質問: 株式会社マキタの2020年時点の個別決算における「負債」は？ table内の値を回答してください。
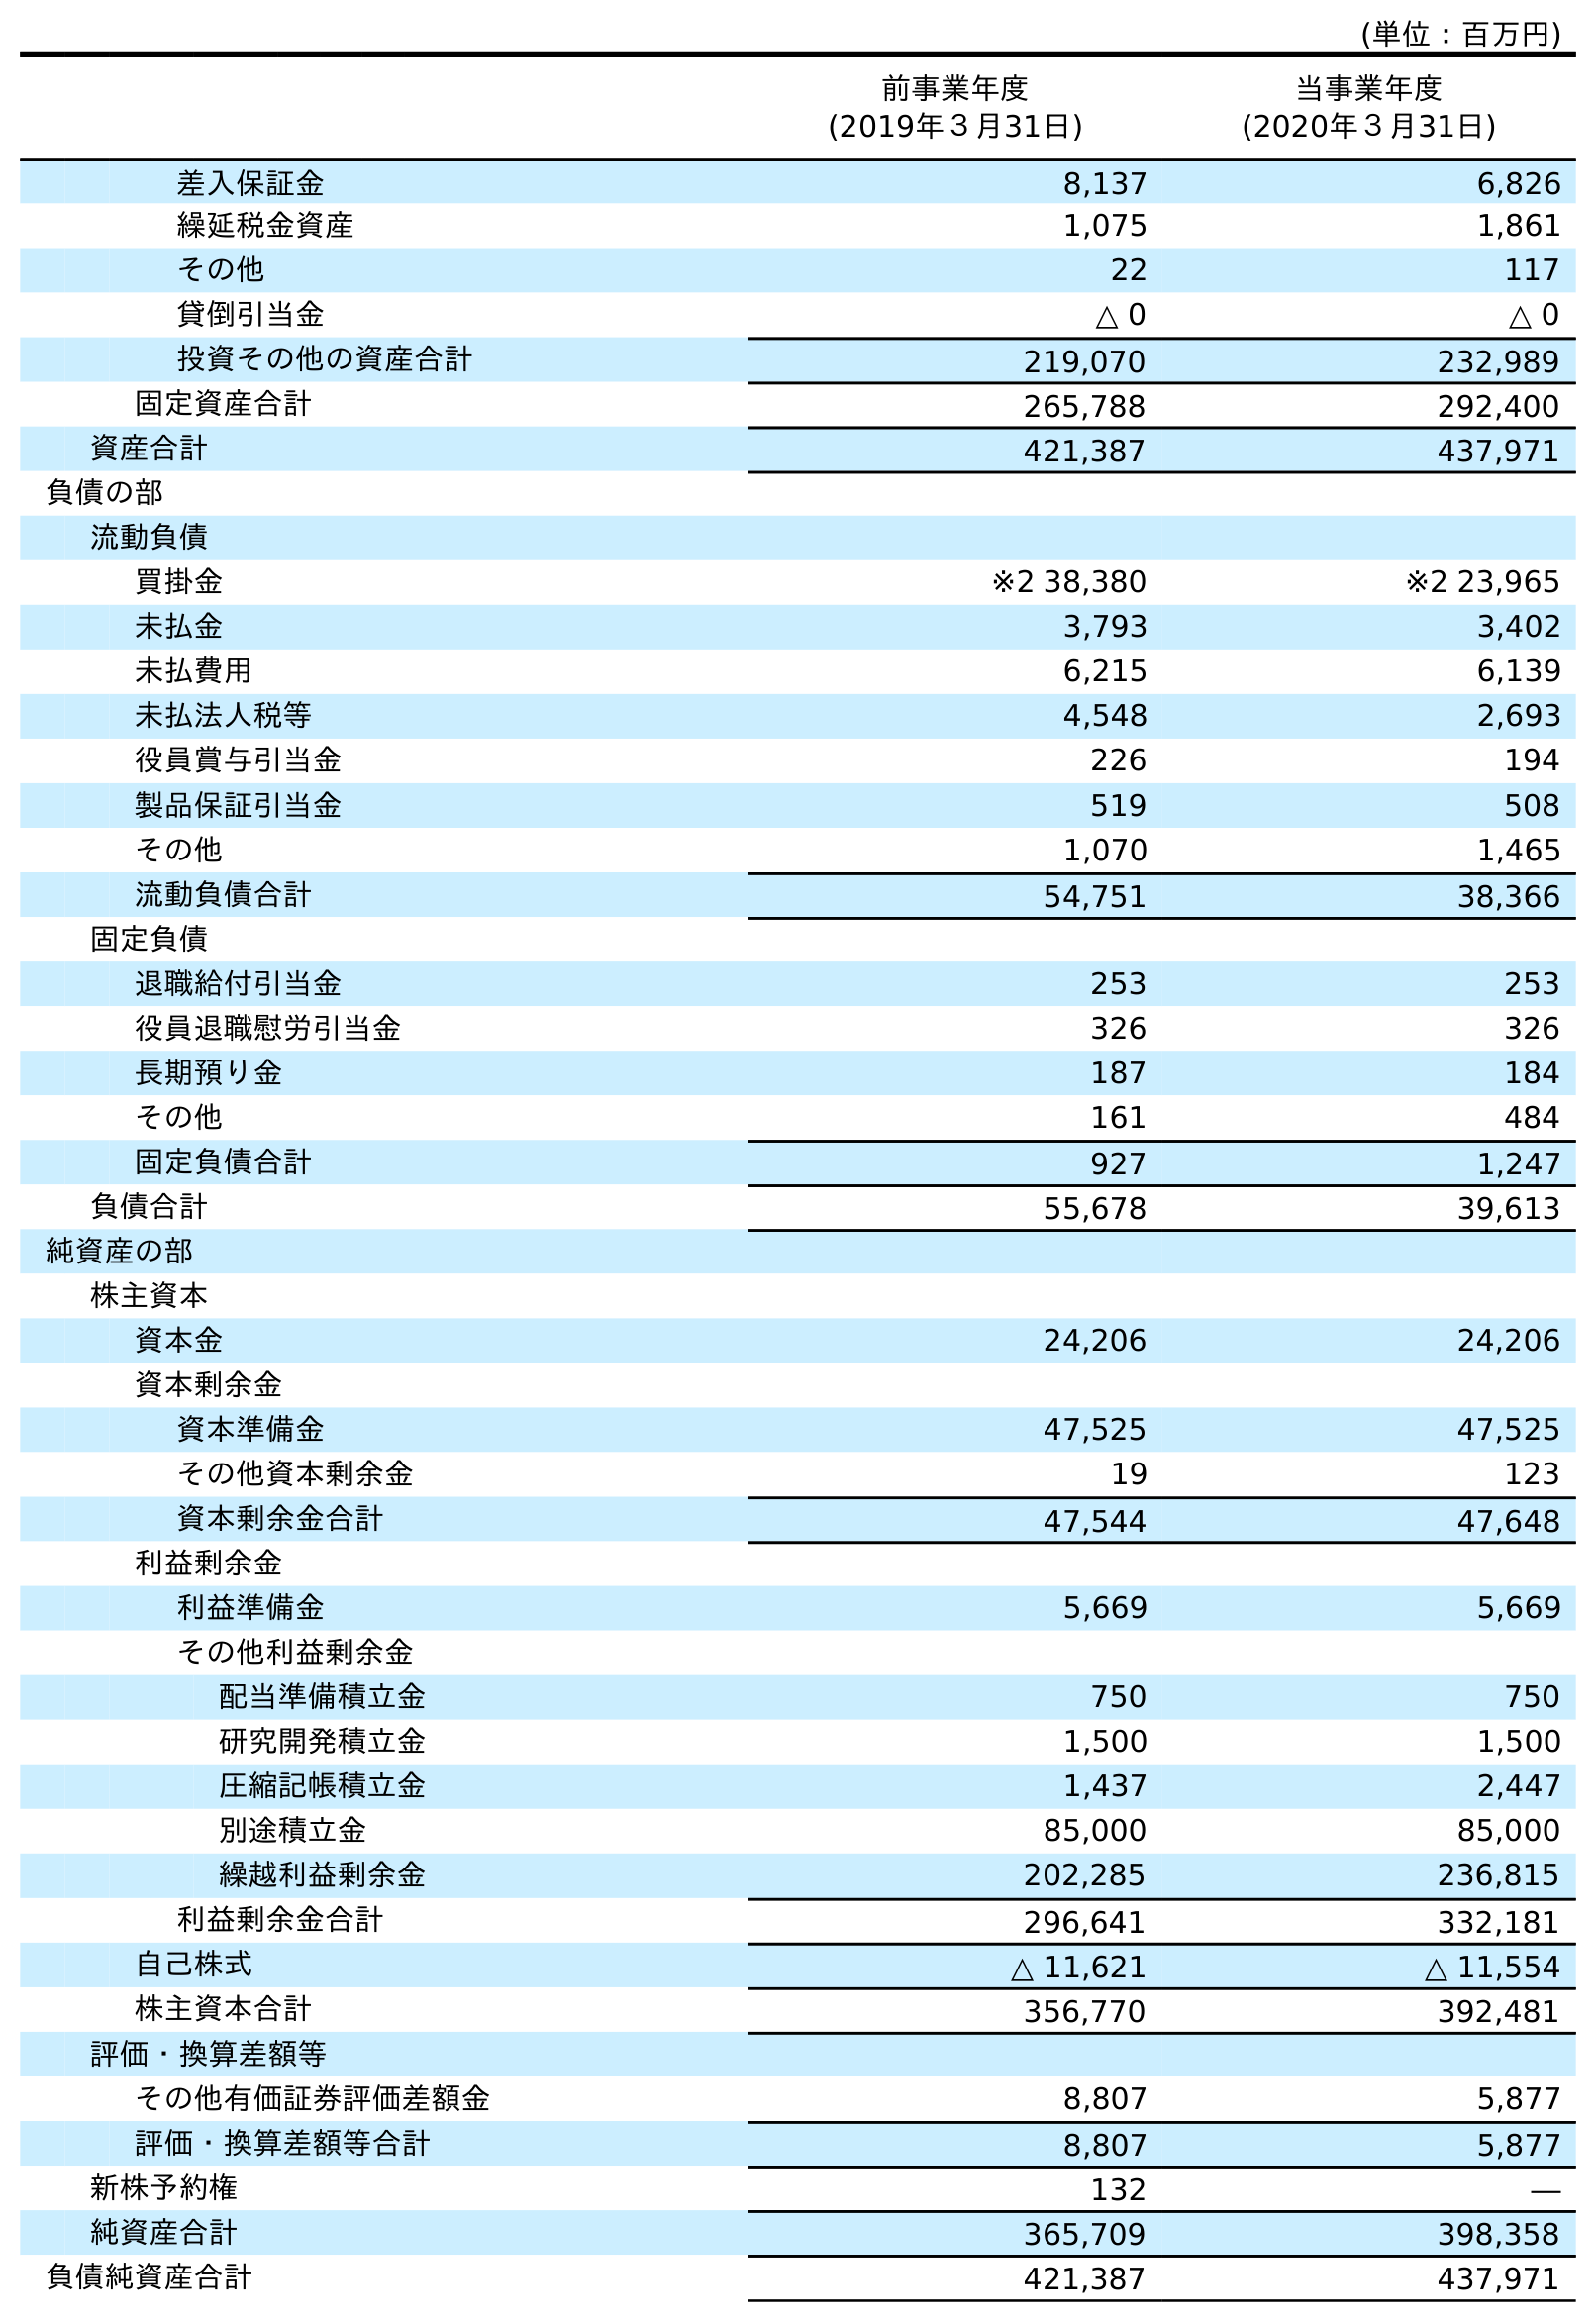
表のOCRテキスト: (単位：百万円) 前事業年度 (2019年３月31日) 当事業年度 (2020年３月31日) 差入保証金 8,137 6,826 繰延税金資産 1,075 1,861 その他 22 117 貸倒引当金 △ 0 △ 0 投資その他の資産合計 219,070 232,989 固定資産合計 265,788 292,400 資産合計 421,387 437,971 負債の部 流動負債 買掛金 ※2 38,380 ※2 23,965 未払金 3,793 3,402 未払費用 6,215 6,139 未払法人税等 4,548 2,693 役員賞与引当金 226 194 製品保証引当金 519 508 その他 1,070 1,465 流動負債合計 54,751 38,366 固定負債 退職給付引当金 253 253 役員退職慰労引当金 326 326 長期預り金 187 184 その他 161 484 固定負債合計 927 1,247 負債合計 55,678 39,613 純資産の部 株主資本 資本金 24,206 24,206 資本剰余金 資本準備金 47,525 47,525 その他資本剰余金 19 123 資本剰余金合計 47,544 47,648 利益剰余金 利益準備金 5,669 5,669 その他利益剰余金 配当準備積立金 750 750 研究開発積立金 1,500 1,500 圧縮記帳積立金 1,437 2,447 別途積立金 85,000 85,000 繰越利益剰余金 202,285 236,815 利益剰余金合計 296,641 332,181 自己株式 △ 11,621 △ 11,554 株主資本合計 356,770 392,481 評価・換算差額等 その他有価証券評価差額金 8,807 5,877 評価・換算差額等合計 8,807 5,877 新株予約権 132 ― 純資産合計 365,709 398,358 負債純資産合計 421,387 437,971
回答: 39,613